Vaccination in Bombay 1924-1928 - 1924-1928
Year: 1924
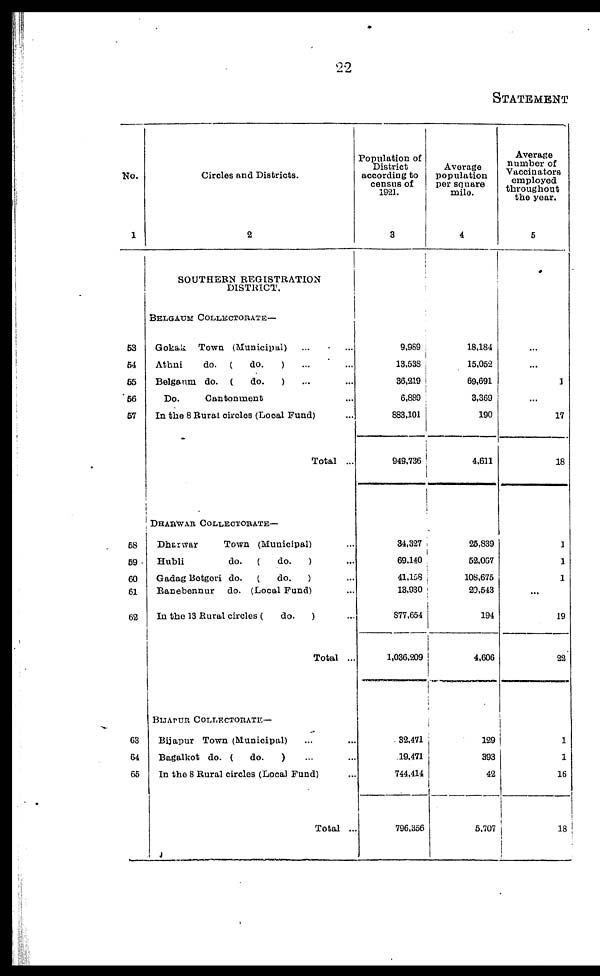
22
STATEMENT
No.
1
53
54
55
56
57
58
59
60
61
62
63
64
65
Circles and Districts.
2
SOUTHERN REGISTRATION
DISTRICT.
BELGAUM COLLECTORATE—
Gokak
Town (Municipal) ... ...
Athni
do. (
do.
) ... ...
Belgaum do. (
do.
) ... ...
Do.
Cantonment ... ...
In the 8 Rural circles (Local Fund) ...
Total ...
DHARWAR COLLECTORATE—
Dharwar
Town (Municipal) ...
Hubli
do.
(
do.
) ...
Gadag Betgeri do.
(
do.
) ...
Ranebennur
do. (Local Fund) ...
In the 13 Rural circles (
do.
) ...
Total ...
BIJAPUR COLLECTORATE—
Bijapur Town (Municipal) ... ...
Bagalkot do. (
do.
) ... ...
In the 8 Rural circles (Local Fund) ...
Total ...
Population of
District
according to
census of
1921.
3
9,989
13,538
36,219
6,889
883,101
949,736
34,327
69,140
41,158
13,930
877,654
1,036,209
32,471
19,471
744,414
796,356
Average
population
per square
mile.
4
18,184
15,052
69,691
3,369
190
4,611
25,839
52,067
108,675
20,543
194
4,606
129
393
42
5,707
Average
number of
Vaccinators
employed
throughout
the year.
5
...
...
1
...
17
18
1
1
1
...
19
22
1
1
16
18